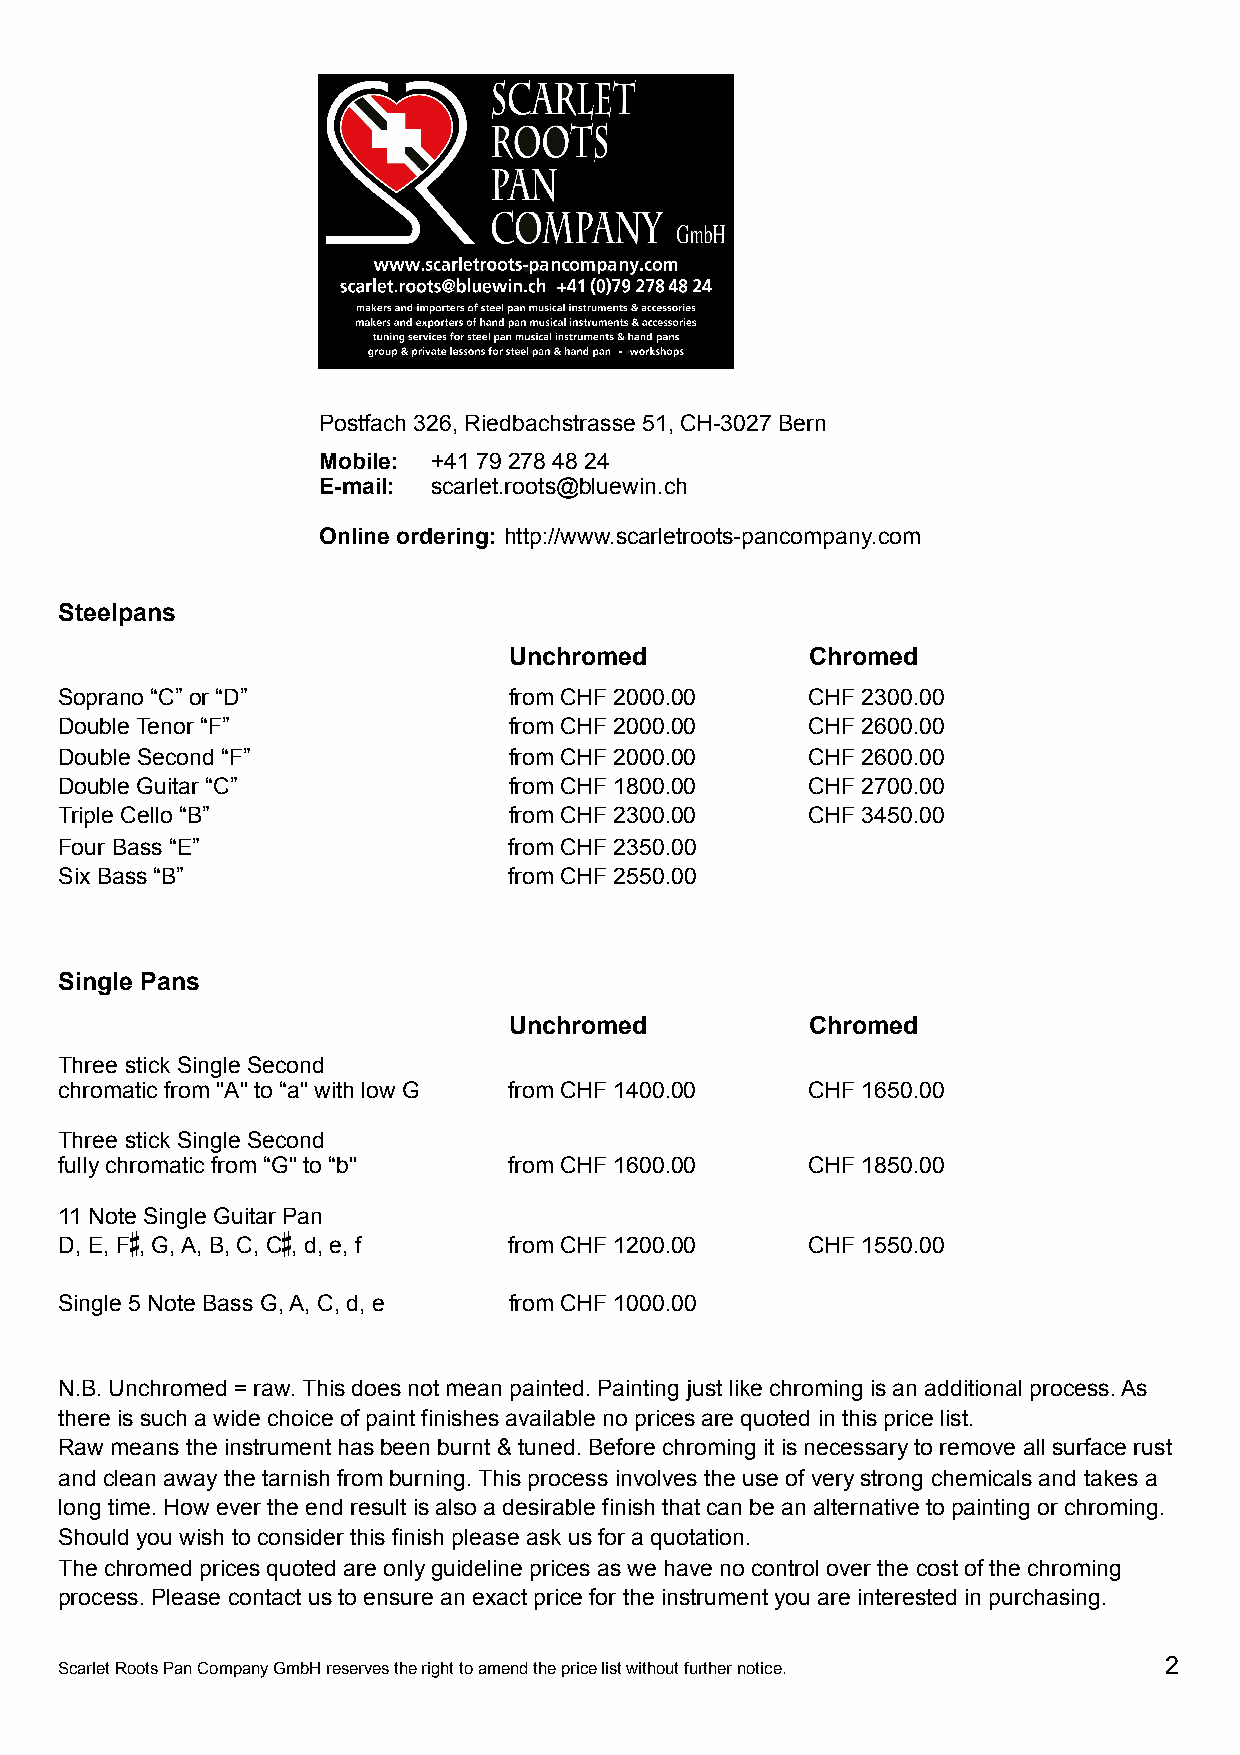
Postfach 326, Riedbachstrasse 51, CH-3027 Bern
 Mobile: +41 79 278 48 24
 E-mail: scarlet.roots@bluewin.ch
 Online ordering: http://www.scarletroots-pancompany.com
 Steelpans
 Unchromed           Chromed
 Soprano “C” or “D”            from CHF 2000.00    CHF 2300.00
 Double Tenor “F”              from CHF 2000.00    CHF 2600.00
 Double Second “F”             from CHF 2000.00    CHF 2600.00
 Double Guitar “C”             from CHF 1800.00    CHF 2700.00
 Triple Cello “B”              from CHF 2300.00    CHF 3450.00
 Four Bass “E”                 from CHF 2350.00
 Six Bass “B”                  from CHF 2550.00
 Single Pans
 Unchromed           Chromed
 Three stick Single Second
 chromatic from "A" to “a" with low G from CHF 1400.00 CHF 1650.00
 Three stick Single Second
 fully chromatic from “G" to “b" from CHF 1600.00  CHF 1850.00
 11 Note Single Guitar Pan
 D, E, F , G, A, B, C, C , d, e, f from CHF 1200.00 CHF 1550.00
 #         #
 Single 5 Note Bass G, A, C, d, e from CHF 1000.00
 N.B. Unchromed = raw. This does not mean painted. Painting just like chroming is an additional process. As
 there is such a wide choice of paint finishes available no prices are quoted in this price list.
 Raw means the instrument has been burnt & tuned. Before chroming it is necessary to remove all surface rust
 and clean away the tarnish from burning. This process involves the use of very strong chemicals and takes a
 long time. How ever the end result is also a desirable finish that can be an alternative to painting or chroming.
 Should you wish to consider this finish please ask us for a quotation.
 The chromed prices quoted are only guideline prices as we have no control over the cost of the chroming
 process. Please contact us to ensure an exact price for the instrument you are interested in purchasing.
 2
 Scarlet Roots Pan Company GmbH reserves the right to amend the price list without further notice.